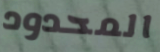
المحدود